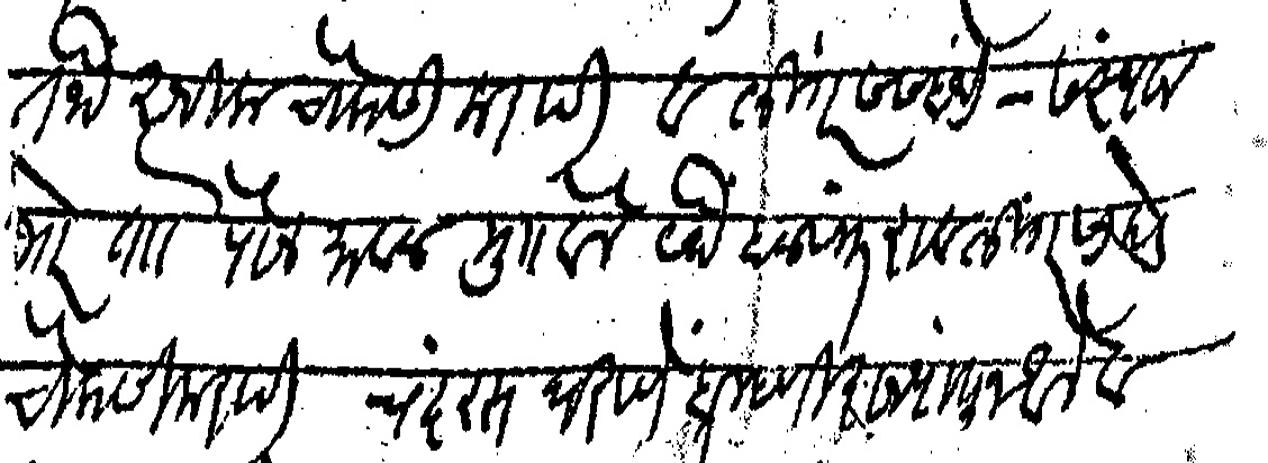
Transliteration (Devanagari): तेथे अधिक चौकसी करावी व लिंगरस संबंधी संस्थान भोर ताो पौन मावळ मु बेले येथे बळवंतराव लिंगरसाकडे चौकसी करावी चंदरस घराणे ब्राम्हणी राज्यातून आले व